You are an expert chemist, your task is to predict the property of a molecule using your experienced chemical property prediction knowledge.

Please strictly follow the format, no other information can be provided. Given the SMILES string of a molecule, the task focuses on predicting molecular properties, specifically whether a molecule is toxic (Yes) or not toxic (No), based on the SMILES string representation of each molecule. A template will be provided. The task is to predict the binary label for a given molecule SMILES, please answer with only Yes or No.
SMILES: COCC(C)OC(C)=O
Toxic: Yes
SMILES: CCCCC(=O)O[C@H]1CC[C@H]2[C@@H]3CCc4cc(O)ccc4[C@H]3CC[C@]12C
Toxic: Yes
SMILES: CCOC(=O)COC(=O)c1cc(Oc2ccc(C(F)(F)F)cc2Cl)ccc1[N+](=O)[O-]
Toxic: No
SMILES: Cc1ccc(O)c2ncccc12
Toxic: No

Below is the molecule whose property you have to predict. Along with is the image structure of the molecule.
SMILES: CC(=O)OC/C=C(/C)CCC=C(C)C
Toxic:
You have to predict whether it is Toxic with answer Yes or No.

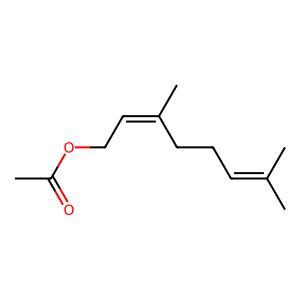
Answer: No